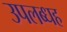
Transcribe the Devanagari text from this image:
उपलब्धह